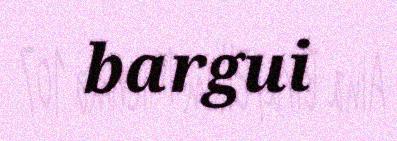
bargui